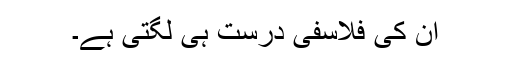
ان کی فلاسفی درست ہی لگتی ہے۔